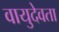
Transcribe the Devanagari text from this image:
वायुदेवता